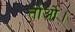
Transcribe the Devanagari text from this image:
तोओ।